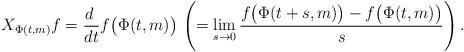
LaTeX: \begin{align*}X_{\Phi(t,m)}f=\frac{d\ }{dt}f\bigl(\Phi(t,m)\bigr)\,\left(=\lim_{s\rightarrow 0}\frac{f\bigl(\Phi(t+s,m)\bigr)-f\bigl(\Phi(t,m)\bigr)}{s}\right).\end{align*}